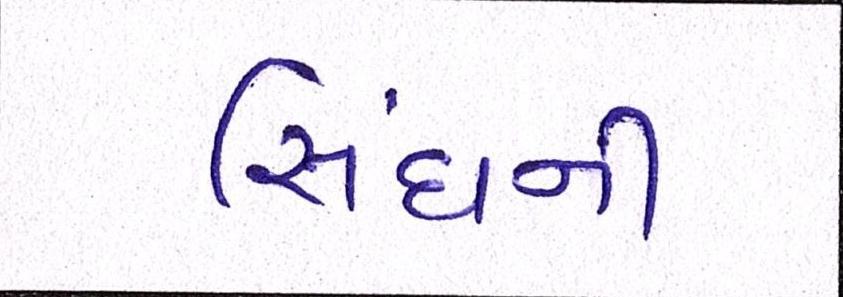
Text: સિંઘની